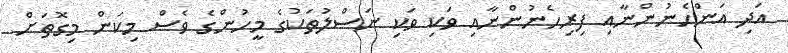
އަދި އަންހެނުންނާއި ފިރިހެނުންނާއި ވަކި ވަކި ނަސްލުތަކުގެ މީހުންގެ ވެސް މިކަން މިގޮތަށް